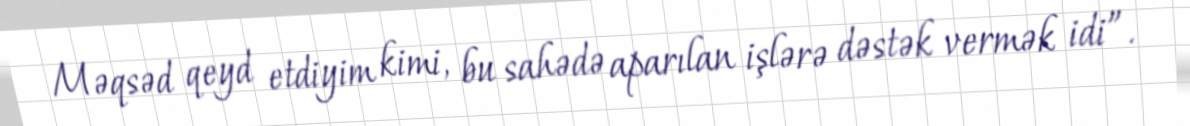
Məqsəd qeyd etdiyim kimi, bu sahədə aparılan işlərə dəstək vermək idi”.